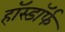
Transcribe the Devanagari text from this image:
हॉस्डॉर्फ